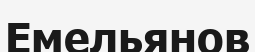
Емельянов